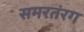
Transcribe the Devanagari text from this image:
समरतंरग